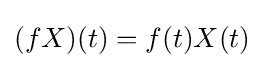
(fX)(t)=f(t)X(t)